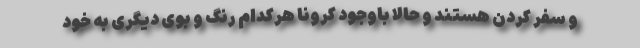
و سفر کردن هستند و حالا باوجود کرونا هرکدام رنگ و بوی دیگری به خود